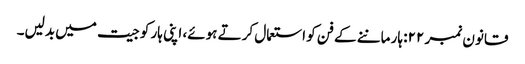
قانون نمبر ۲۲: ہار ماننے کے فن کو استعمال کرتے ہوئے، اپنی ہار کو جیت میں بدلیں۔